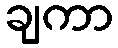
ချကာ